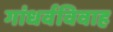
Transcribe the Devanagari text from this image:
गांधर्वविवाह